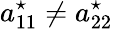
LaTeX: a_{11}^{\star}\neq a_{22}^{\star}